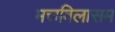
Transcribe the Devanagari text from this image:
मत्तविलासम